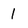
Character: 1